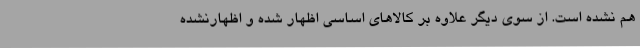
هم نشده است. از سوی دیگر علاوه بر کالاهای اساسی اظهار شده و اظهارنشده